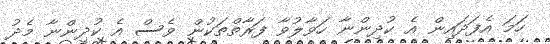
ހަމަ އެފަދައިން އެ ކުދިންނާ ހަވާލުވާ ފަރާތްތަކުން ވެސް އެ ކުދިންނާ މެދު